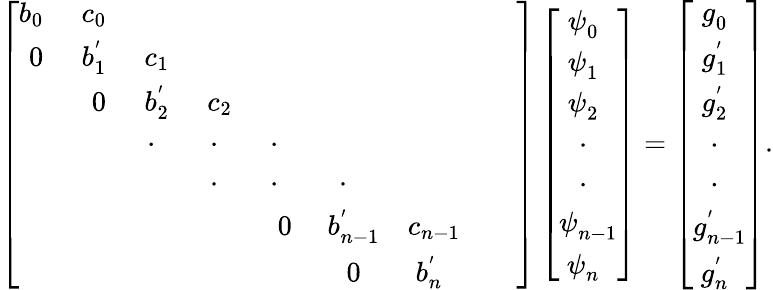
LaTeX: \left[\begin{array}{ccccccccc}{b_{0~~}}&{c_{0~~}}&&&&&&&\\ {0}&{b_{1~~}^{'}}&{c_{1~~}}&&&&&&\\ &{0}&{b_{2~~}^{'}}&{c_{2~~}}&&&&&\\ &&{\cdot{~~~}}&{\cdot{~~~}}&{\cdot{~~~}}&&&&\\ &&&{\cdot{~~~}}&{\cdot{~~~}}&{\cdot{~~~}}&&&\\ &&&&{0}&{b_{n-1}^{'}}&{c_{n-1}}&&\\ &&&&&{0}&{b_{n~~}^{'}}\end{array}\right]\left[{\begin{array}{c}{\psi_{0~~}^{~}}\\ {\psi_{1~~}^{~}}\\ {\psi_{2~~}^{~}}\\ {~\cdot_{~~~}}\\ {~\cdot_{~~~}}\\ {\psi_{n-1}^{~}}\\ {\psi_{n~~}^{~}}\end{array}}\right]=\left[{\begin{array}{c}{g_{0~~}^{~}}\\ {g_{1~~}^{'}}\\ {g_{2~~}^{'}}\\ {~\cdot_{~~~}}\\ {~\cdot_{~~~}}\\ {g_{n-1}^{'}}\\ {g_{n~~}^{'}}\end{array}}\right].